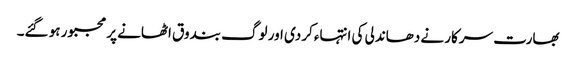
بھارت سرکار نے دھاندلی کی انتہاء کردی اور لوگ بندوق اٹھانے پر مجبور ہو گئے۔